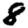
Digit: 8